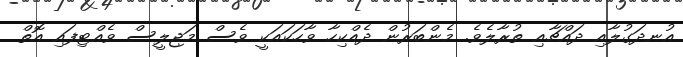
އުނދަގުލާއި ދައްޗާއި ތުރާލެވެ. މެންބަރުން ދެއްކިހާ ވާހަކައަކީ ވެސް މަޖިލީސް ވެއްޓިފައި އޮތް